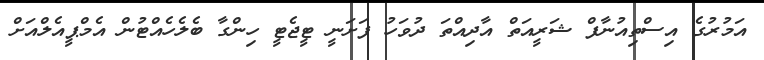
އަމުރުގެ އިސްތިއުނާފް ޝަރީއަތް އާދިއްތަ ދުވަހު ފަށަނީ ޓީޖެޓީ ހިންގާ ބެލެހެއްޓުން އެމްޕީއެލްއަށް